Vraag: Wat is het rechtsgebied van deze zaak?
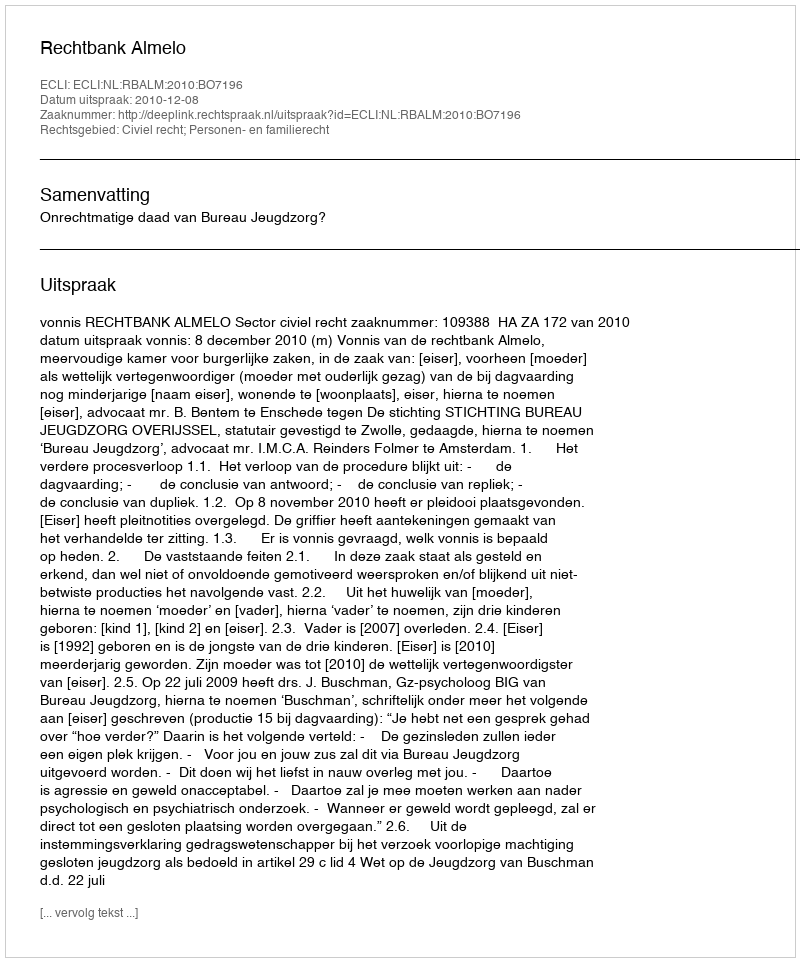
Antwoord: Civiel recht; Personen- en familierecht